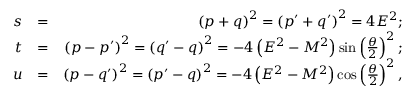
\begin{array} { r l r } { s } & { = } & { \left( p + q \right) ^ { 2 } = \left( p ^ { \prime } + q ^ { \prime } \right) ^ { 2 } = 4 E ^ { 2 } ; } \\ { t } & { = } & { \left( p - p ^ { \prime } \right) ^ { 2 } = \left( q ^ { \prime } - q \right) ^ { 2 } = - 4 \left( E ^ { 2 } - M ^ { 2 } \right) \sin \left( \frac { \theta } { 2 } \right) ^ { 2 } ; } \\ { u } & { = } & { \left( p - q ^ { \prime } \right) ^ { 2 } = \left( p ^ { \prime } - q \right) ^ { 2 } = - 4 \left( E ^ { 2 } - M ^ { 2 } \right) \cos \left( \frac { \theta } { 2 } \right) ^ { 2 } , } \end{array}